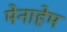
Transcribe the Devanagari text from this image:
मेनाहेम